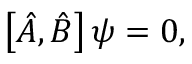
\left[ { \hat { A } } , { \hat { B } } \right] \psi = 0 ,